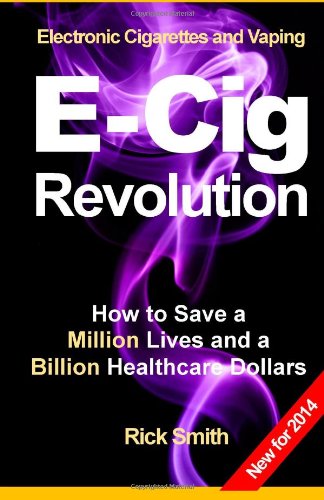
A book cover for Electronic Cigarettes and Vaping E-CIG REVOLUTION: How to Save a Million Lives and a Billion Healthcare Dollars; Rick Smith; Health, Fitness & Dieting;